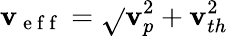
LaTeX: \mathbf{v}_{\mathrm{{~e~f~f~}}}=\sqrt{}{{\mathbf{v}_{p}^{2}+\mathbf{v}_{th}^{2}}}